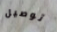
توصيل